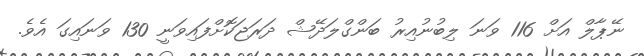
ނޭޕާލް އަށް 116 ވަނަ ލިބުނުއިރު ބަންގްލަދޭޝް ދަރަޖަކޮށްފައިވަނީ 130 ވަނައިގަ އެވެ.